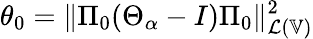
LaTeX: \theta_{0}=\| \Pi_{0}(\Theta_{\alpha}-I)\Pi_{0}\| _{\mathcal{L}(\mathbb{V})}^{2}